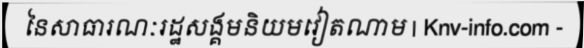
នៃសាធារណៈរដ្ឋសង្គមនិយមវៀតណាម | Knv-info.com -